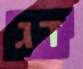
דג